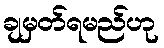
ချမှတ်ရမည်ဟု